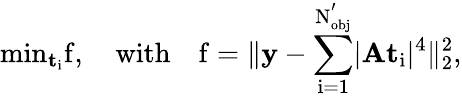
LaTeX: \mathrm{{min}_{\mathbf{t}_{i}}f,\quad\mathrm{{with}\quad f=\lVert\mathbf{y}-\sum_{i=1}^{N_{obj}^{'}}\lvert\mathbf{A}\mathbf{t}_{i}\rvert^{4}\rVert_{2}^{2},}}